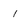
Character: 1